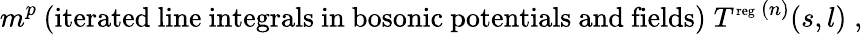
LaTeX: m^{p}\: {\mathrm{(iterated~line~integrals~in~bosonic~potentials~and~fields)}}\; T^{\mathrm{\scriptsize{reg}}\: (n)}(s,l)\; ,